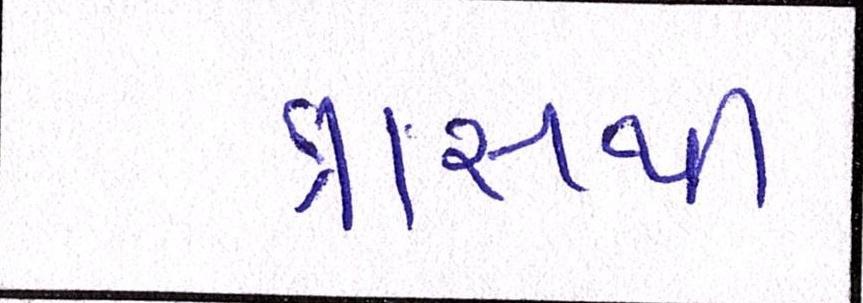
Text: ત્રાસથી